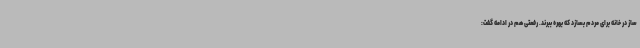
ساز در خانه برای مردم بسازد که بهره ببرند. رفعتی هم در ادامه گفت: